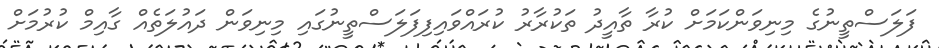
ފަލަސްތީނުގެ މިނިވަންކަމަށް ކުރާ ތާއީދު ތަކުރާރު ކުރައްވައިފިފަލަސްތީނުގައި މިނިވަން ދައުލަތެއް ގާއިމް ކުރުމަށްް